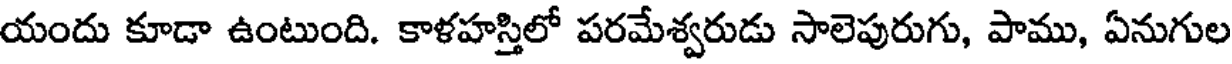
యందు కూడా ఉంటుంది. కాళహస్తిలో పరమేశ్వరుడు సాలెపురుగు, పాము, ఏనుగుల